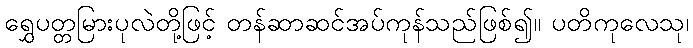
ရွှေပတ္တမြားပုလဲတို့ဖြင့် တန်ဆာဆင်အပ်ကုန်သည်ဖြစ်၍။ ပတိကုလေသု၊